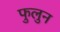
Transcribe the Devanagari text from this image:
फुलुन